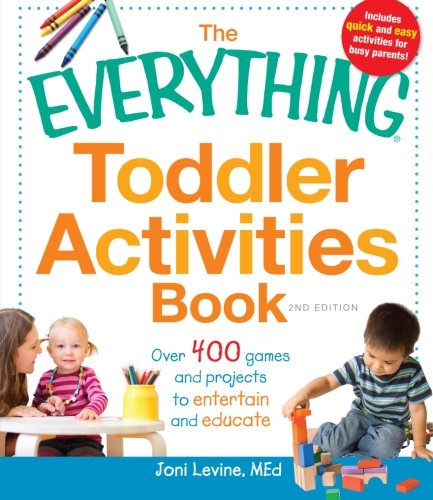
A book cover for The Everything Toddler Activities Book: Over 400 games and projects to entertain and educate (Everything Series); Joni Levine; Parenting & Relationships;